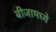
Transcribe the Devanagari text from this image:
बीजामध्ये